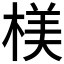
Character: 𣖙